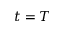
t = T